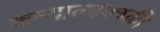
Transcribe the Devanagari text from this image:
कन्दालाक्श्की